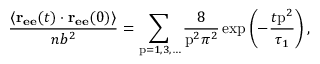
\frac { \langle \mathbf { r _ { e e } } ( t ) \cdot \mathbf { r _ { e e } } ( 0 ) \rangle } { n b ^ { 2 } } = \sum _ { \mathrm { p } = 1 , 3 , \ldots } \frac { 8 } { \mathrm { p } ^ { 2 } \pi ^ { 2 } } \exp \left( - \frac { t \mathrm { p } ^ { 2 } } { \tau _ { 1 } } \right) ,